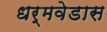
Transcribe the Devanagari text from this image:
धर्मवेडास